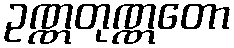
ဥဏ္ဏတုဏ္ဏတော